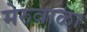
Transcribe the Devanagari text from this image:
मेरुवाळा